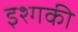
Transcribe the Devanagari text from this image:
इश्गकी